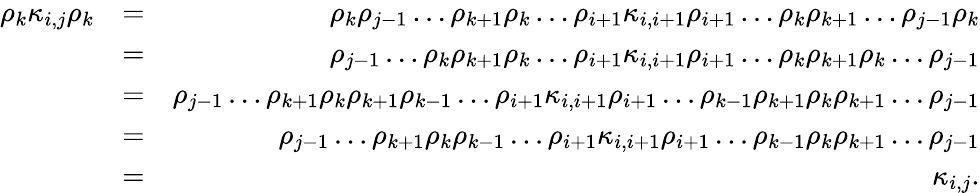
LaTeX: \begin{array}{rlr}{\rho_{k}\kappa_{i,j}\rho_{k}}&{=}&{\rho_{k}\rho_{j-1}\ldots\rho_{k+1}\rho_{k}\ldots\rho_{i+1}\kappa_{i,i+1}\rho_{i+1}\ldots\rho_{k}\rho_{k+1}\ldots\rho_{j-1}\rho_{k}}\\ &{=}&{\rho_{j-1}\ldots\rho_{k}\rho_{k+1}\rho_{k}\ldots\rho_{i+1}\kappa_{i,i+1}\rho_{i+1}\ldots\rho_{k}\rho_{k+1}\rho_{k}\ldots\rho_{j-1}}\\ &{=}&{\rho_{j-1}\ldots\rho_{k+1}\rho_{k}\rho_{k+1}\rho_{k-1}\ldots\rho_{i+1}\kappa_{i,i+1}\rho_{i+1}\ldots\rho_{k-1}\rho_{k+1}\rho_{k}\rho_{k+1}\ldots\rho_{j-1}}\\ &{=}&{\rho_{j-1}\ldots\rho_{k+1}\rho_{k}\rho_{k-1}\ldots\rho_{i+1}\kappa_{i,i+1}\rho_{i+1}\ldots\rho_{k-1}\rho_{k}\rho_{k+1}\ldots\rho_{j-1}}\\ &{=}&{\kappa_{i,j}.}\end{array}